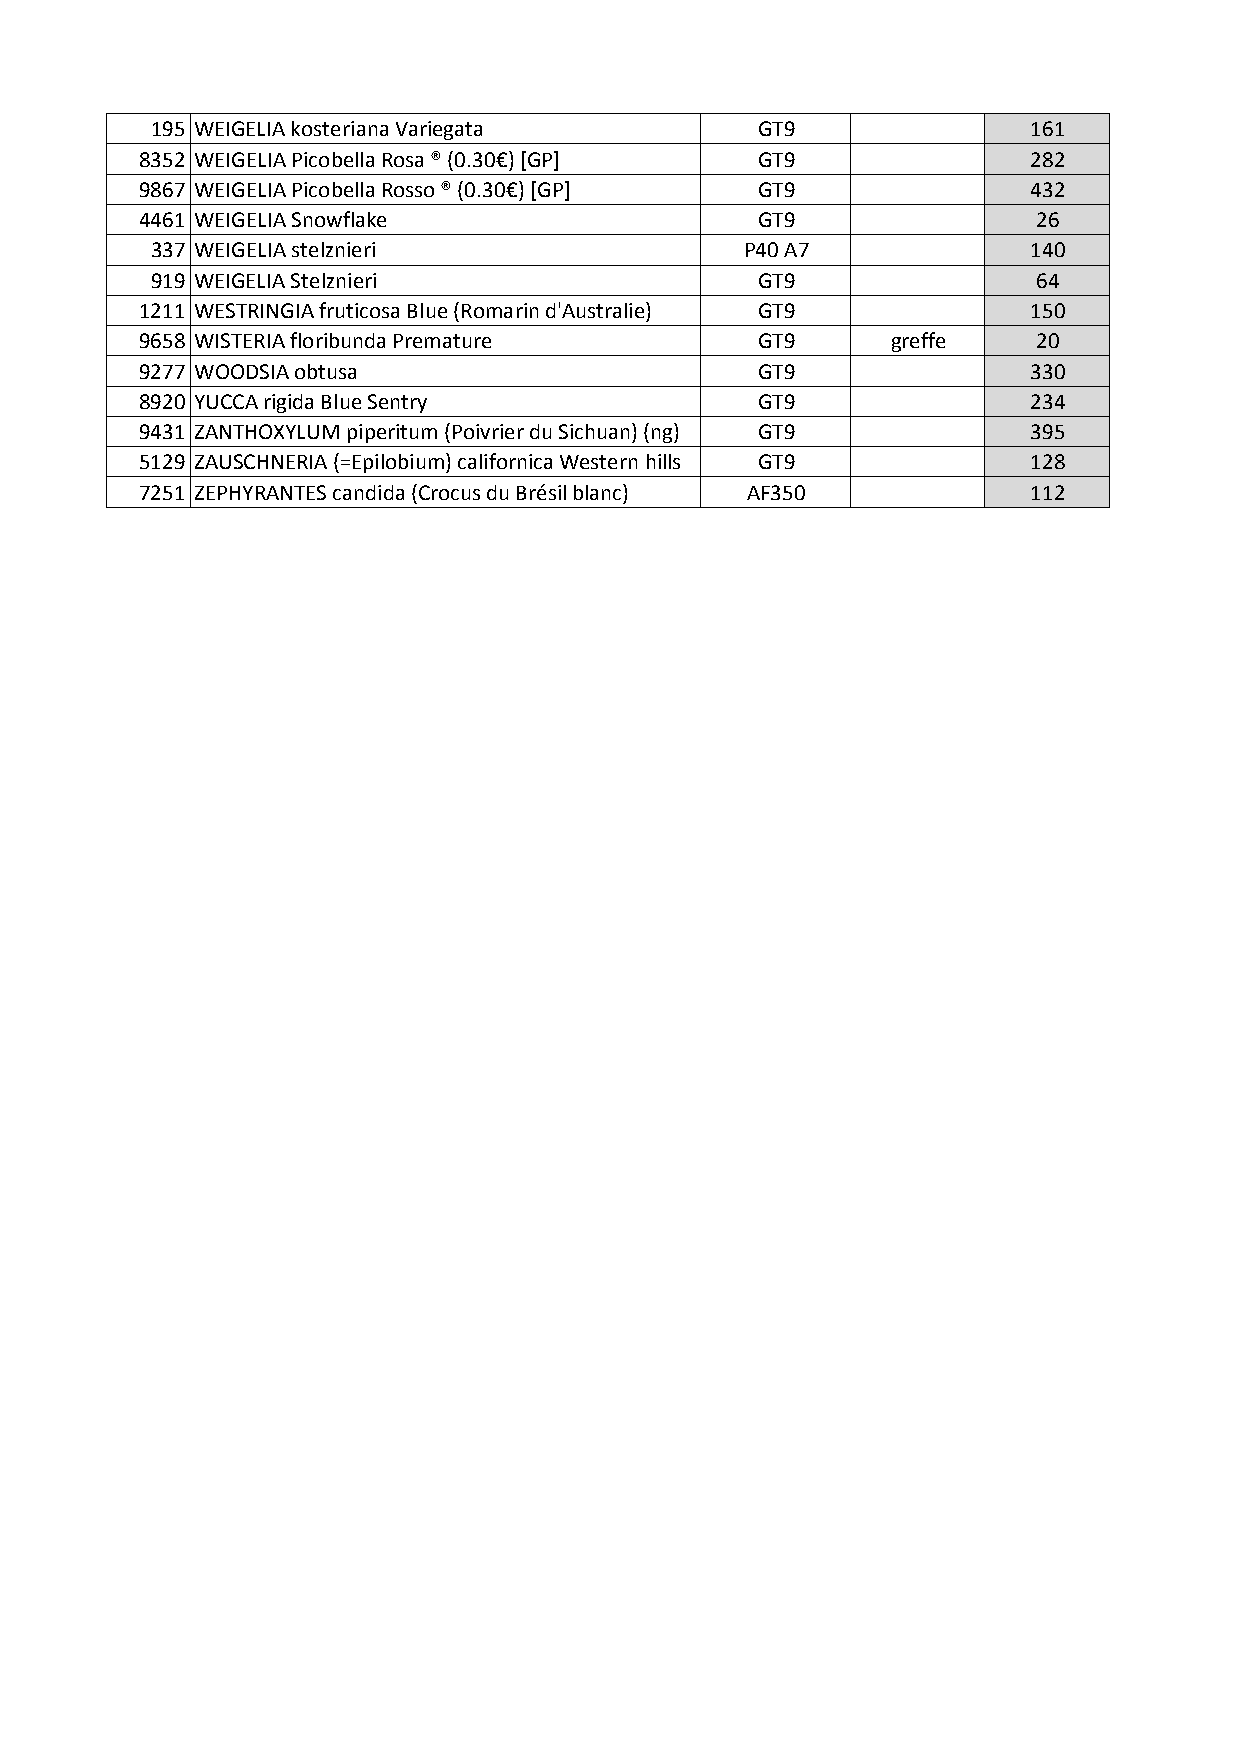
195 WEIGELIA kosteriana Variegata       GT9               161
 8352 WEIGELIA Picobella Rosa ® (0.30€) [GP] GT9            282
 9867 WEIGELIA Picobella Rosso ® (0.30€) [GP] GT9           432
 4461 WEIGELIA Snowflake                  GT9                26
 337 WEIGELIA stelznieri                P40 A7             140
 919 WEIGELIA Stelznieri                 GT9                64
 1211 WESTRINGIA fruticosa Blue (Romarin d'Australie) GT9   150
 9658 WISTERIA floribunda Premature       GT9      greffe    20
 9277 WOODSIA obtusa                      GT9               330
 8920 YUCCA rigida Blue Sentry            GT9               234
 9431 ZANTHOXYLUM piperitum (Poivrier du Sichuan) (ng) GT9  395
 5129 ZAUSCHNERIA (=Epilobium) californica Western hills GT9 128
 7251 ZEPHYRANTES candida (Crocus du Brésil blanc) AF350    112